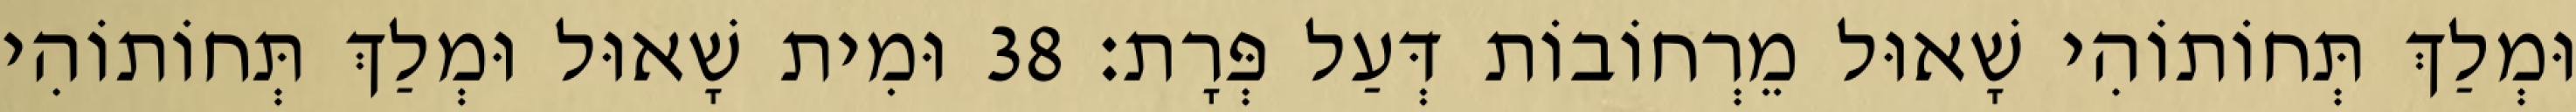
וּמְלַךְ תְּחוֹתוֹהִי שָׁאוּל מֵרְחוֹבוֹת דְּעַל פְּרָת׃ 38 וּמִית שָׁאוּל וּמְלַךְ תְּחוֹתוֹהִי